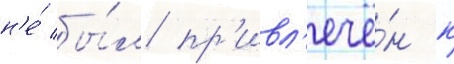
н'е́ бы́л пр'ивл'ечё́н к